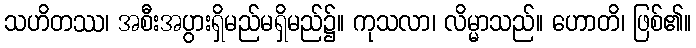
သဟိတဿ၊ အစီးအပွားရှိမည်မရှိမည်၌။ ကုသလာ၊ လိမ္မာသည်။ ဟောတိ၊ ဖြစ်၏။